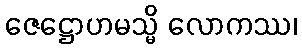
ဇေဋ္ဌောဟမသ္မိ လောကဿ၊